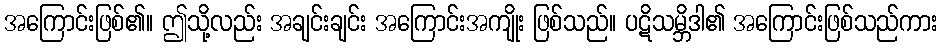
အကြောင်းဖြစ်၏။ ဤသို့လည်း အချင်းချင်း အကြောင်းအကျိုး ဖြစ်သည်။ ပဋိသမ္ဘိဒါ၏ အကြောင်းဖြစ်သည်ကား